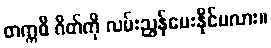
တက္ကစီ ဂိတ်ကို လမ်းညွှန်ပေးနိုင်မလား။